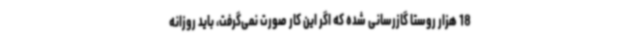
18 هزار روستا گازرسانی شده که اگر این کار صورت نمی‌گرفت، باید روزانه